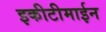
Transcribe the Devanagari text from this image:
इकीटीमाईन